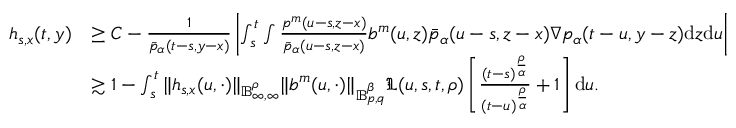
\begin{array} { r l } { h _ { s , x } ( t , y ) } & { \geq C - \frac { 1 } { \bar { p } _ { \alpha } ( t - s , y - x ) } \left| \int _ { s } ^ { t } \int \frac { p ^ { m } ( u - s , z - x ) } { \bar { p } _ { \alpha } ( u - s , z - x ) } b ^ { m } ( u , z ) \bar { p } _ { \alpha } ( u - s , z - x ) \nabla p _ { \alpha } ( t - u , y - z ) \mathrm { d } z \mathrm { d } u \right| } \\ & { \gtrsim 1 - \int _ { s } ^ { t } \Vert h _ { s , x } ( u , \cdot ) \Vert _ { \mathbb { B } _ { \infty , \infty } ^ { \rho } } \Vert b ^ { m } ( u , \cdot ) \Vert _ { \mathbb { B } _ { p , q } ^ { \beta } } \mathfrak { L } ( u , s , t , \rho ) \left[ \frac { ( t - s ) ^ { \frac { \rho } { \alpha } } } { ( t - u ) ^ { \frac { \rho } { \alpha } } } + 1 \right] \mathrm { d } u . } \end{array}